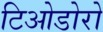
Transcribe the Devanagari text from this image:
टिओडोरो